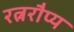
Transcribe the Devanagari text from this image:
रत्नरौप्य